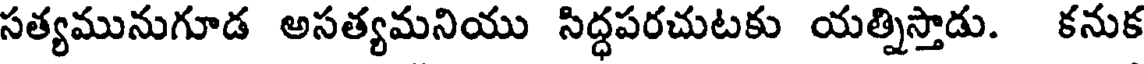
సత్యమునుగూడ అసత్యమనియు సిద్ధపరచుటకు యత్నిస్తాడు. కనుక